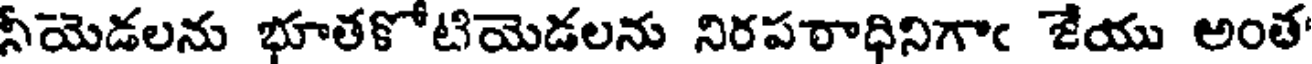
నీయెడలను భూతకోటియెడలను నిరపరాధినిగాఁ జేయు అంత